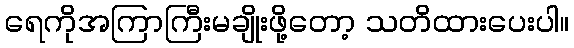
ရေကိုအကြာကြီးမချိုးဖို့တော့ သတိထားပေးပါ။